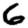
Digit: 6